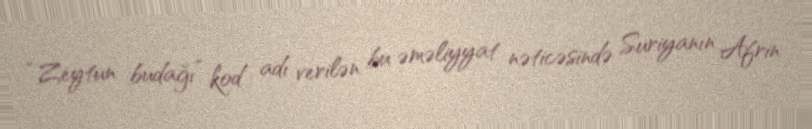
“Zeytun budağı” kod adı verilən bu əməliyyat nəticəsində Suriyanın Afrin